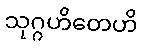
သုဂ္ဂဟိတေဟိ